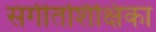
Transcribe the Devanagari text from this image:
संगीतशिक्षिका